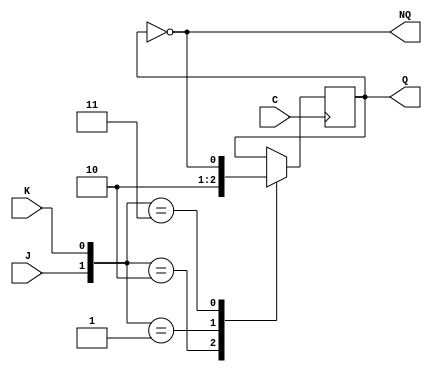
/* 
 * Contador arbitrario con biestables JK
 * El contador sigue la serie: 4-5-14-3-6-12-11-13
 *
 * La solucin incluye:
 *   4 biestables JK (24 puertas)
 *   8 puertas AND
 *   7 puertas OR
 *  -----------------------------
 *   39 puertas en TOTAL
 */

/* Mdulo del Biestable JK */
module JKd(output reg Q, output wire NQ, input wire J, input wire K, input wire C);
  not(NQ,Q);

  initial
  begin
    Q=0;
  end    

  always @(posedge C)
    case ({J,K})
      2'b10: Q=1;
      2'b01: Q=0;
      2'b11: Q=~Q;
    endcase
endmodule

/* Circuito y cables auxiliares */
module contador (output wire[3:0] Q, input wire C);
  //Salidas negadas biestables.
  wire [3:0] nQ;

  //Cables de entrada a los biestables.
  wire wJ0, wK0, wJ1, wK1, wK2, wJ3, wK3;

  //Cables intermedios.
  wire wn1q2, wq1q3, wq0n3, wn0q3, wn0n3, wn2q3, wq2q0, wq2q1;


  //Puertas biestables
  /* Biestable JK3 */ 
  and q2q0 (wq2q0, Q[2], Q[0]); /* J3 = K3 */
  and q2q1 (wq2q1, Q[2], Q[1]); /* J3 = K3 */
  or J3 (wJ3, wq2q0, wq2q1);

  or K3 (wK3, wq2q0, wq2q1);

  /* Biestable JK2 */
  // J2 = 1. 
  and q1q3 (wq1q3, Q[1], Q[3]); /* K2 = J1 */
  and n0q3 (wn0q3, nQ[0], Q[3]);
  or K2 (wK2, wq1q3, wn0q3);

  /* Biestable JK1 */
  and q0n3 (wq0n3, Q[0], nQ[3]);
  or J1 (wJ1, wn0q3, wq0n3);

  and n0n3 (wn0n3, nQ[0], nQ[3]);
  and n2q3 (wn2q3, nQ[2], Q[3]);
  or K1 (wK1, wn0n3, wn2q3);

  /* Biestable JK0 */
  and n1q2 (wn1q2, nQ[1], Q[2]);
  or J0 (wJ0, wn1q2, wq1q3);

  or n1n3 (wK0, nQ[1], nQ[3]);

  /* Biestables JK */
  JKd jk0 (Q[0], nQ[0], wJ0, wK0, C);
  JKd jk1 (Q[1], nQ[1], wJ1, wK1, C);
  JKd jk2 (Q[2], nQ[2], 1'b1, wK2, C);
  JKd jk3 (Q[3], nQ[3], wJ3, wK3, C);

endmodule

/* Mdulo de prueba */
module test;
  reg I, C;
  wire [3:0] Q;
  contador cont (Q,C);

  always 
  begin
    #5 C=~C;
  end

  initial
  begin
    $dumpfile("Ejercicio_JK.dmp");
    $dumpvars(2, cont, Q);
          
    C=0;
    #200 $finish;
  end
endmodule